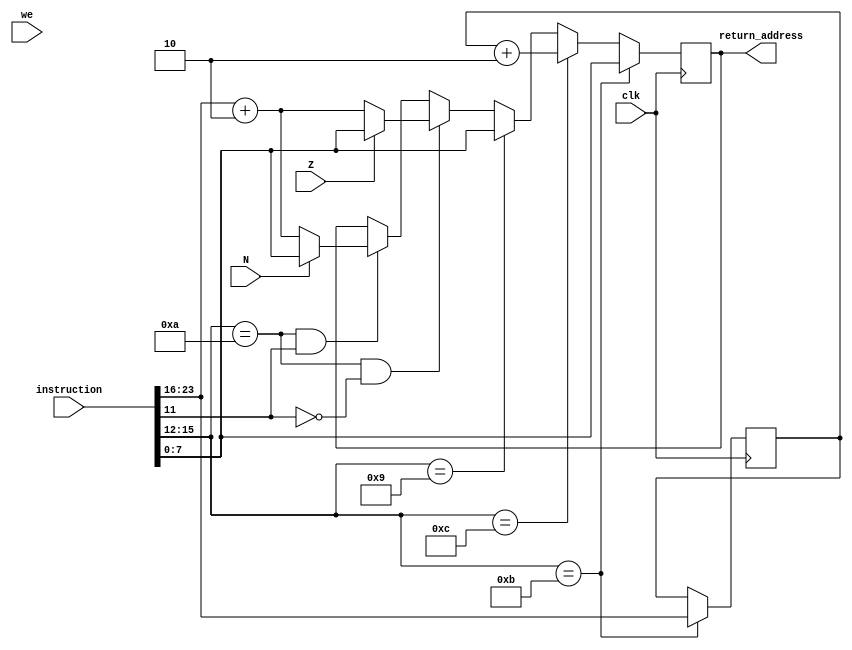
module Linkreg (
  input wire clk,
  input wire [23:0] instruction,
  input wire we,
  input wire Z,N,
  output reg [7:0] return_address
);
  reg [7:0] lr;
  reg [7:0] present_address;
  
  assign present_address = instruction[23:16];
  
  
  
  always @(negedge clk) begin
    if (instruction [15:12] == 4'b1011) begin // br.sub input
      lr <= present_address; 
		return_address <= instruction[7:0];
    end
	 
    else if (instruction [15:12] == 4'b1100) begin // return
      return_address <= lr + 8'b00000010;
    end
	 
	 else if (instruction [15:12] == 4'b1001) begin // br
      return_address <= instruction[7:0];
    end

	 else if (instruction [15:12] == 4'b1010 & instruction [11] == 1'b0 ) begin // brz
	   if (Z)
      return_address <= instruction[7:0];
		else 
		return_address <= present_address + 8'b00000010;
    end
	 
	 else if (instruction [15:12] == 4'b1010 & instruction [11] == 1'b1 ) begin // brn
	   if (N)
      return_address <= instruction[7:0];
		else 
		return_address <= present_address + 8'b00000010;
    end
	 
  end
   
  
endmodule